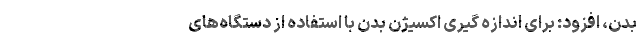
بدن، افزود: برای اندازه گیری اکسیژن بدن با استفاده از دستگاه‌های